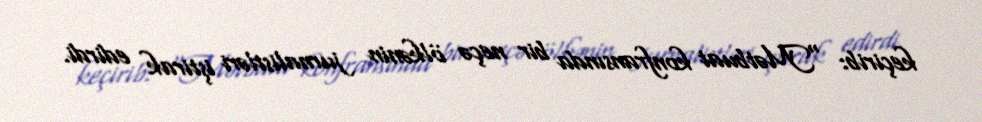
keçirib: "Mətbuat konfransında bir neçə ölkənin jurnalistləri iştirak edirdi.